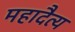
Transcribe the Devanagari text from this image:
महादैत्य